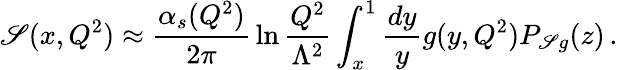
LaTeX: \mathscr{S}(x,Q^{2})\approx{\frac{{\alpha_{s}(Q^{2})}}{{2\pi}}}\ln{\frac{{Q^{2}}}{{\Lambda^{2}}}}\int_{x}^{1}{\frac{{dy}}{{y}}}g(y,Q^{2})P_{\mathscr{S}g}(z)\, .